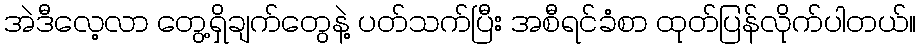
အဲဒီလေ့လာ တွေ့ရှိချက်တွေနဲ့ ပတ်သက်ပြီး အစီရင်ခံစာ ထုတ်ပြန်လိုက်ပါတယ်။